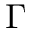
\Gamma